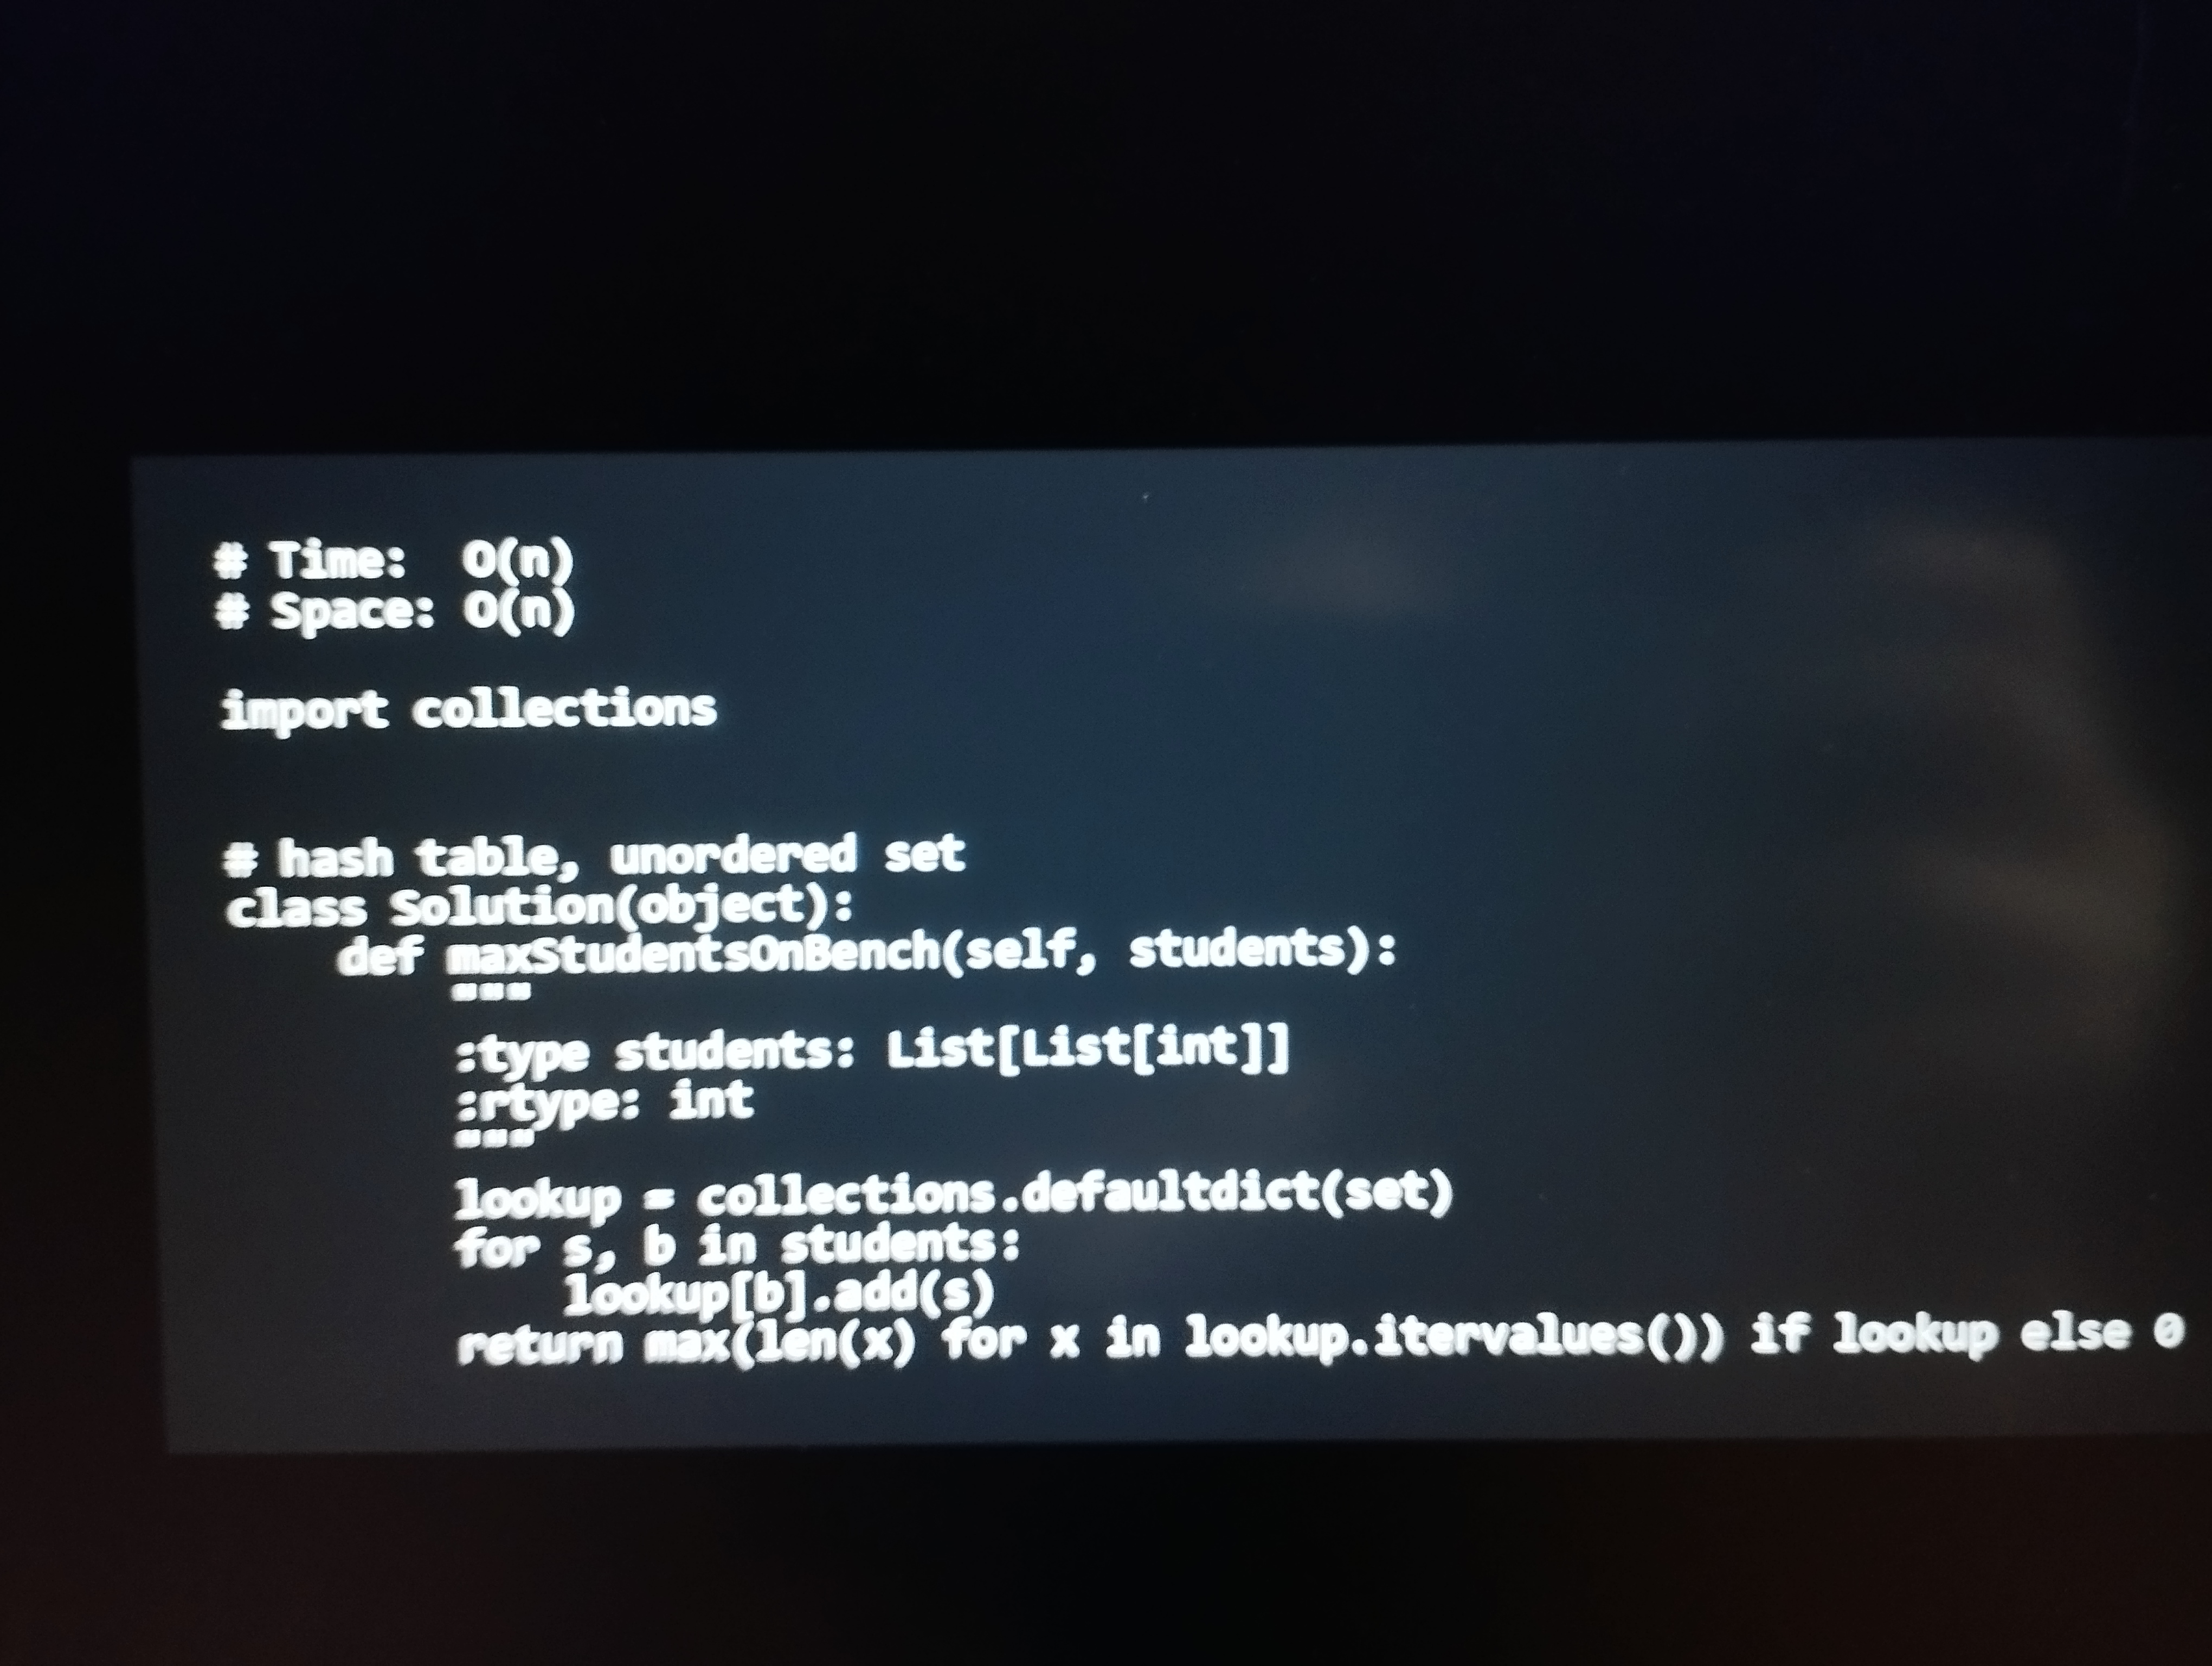
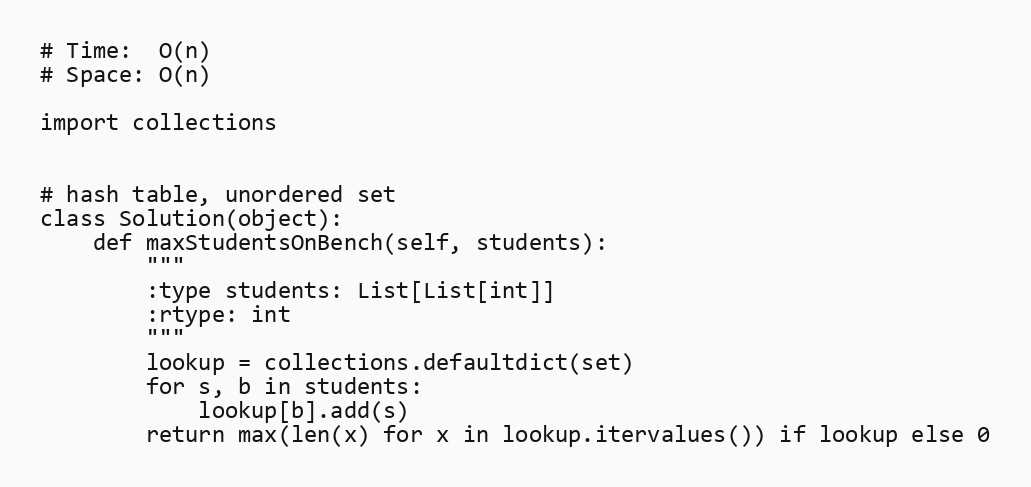
# Time:  O(n)
# Space: O(n)

import collections

# hash table, unordered set
class Solution(object):
    def maxStudentsOnBench(self, students):
        """
        :type students: List[List[int]]
        :rtype: int
        """
        lookup = collections.defaultdict(set)
        for s, b in students:
            lookup[b].add(s)
        return max(len(x) for x in lookup.itervalues()) if lookup else 0